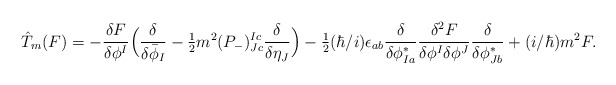
\begin{align*}\hspace{-.5cm}\hat{T}_m(F) = - \frac{\delta F}{\delta \phi^I} \Big(\frac{\delta}{\delta \bar{\phi}_I} - \hbox{$\frac{1}{2}$} m^2 (P_-)_{Jc}^{Ic} \frac{\delta}{\delta \eta_J} \Big) -\hbox{$\frac{1}{2}$}(\hbar/i) \epsilon_{ab}\frac{\delta}{\delta \phi_{I a}^*}\frac{\delta^2 F}{\delta \phi^I \delta \phi^J} \frac{\delta}{\delta \phi_{J b}^*} + (i/\hbar) m^2 F.\end{align*}